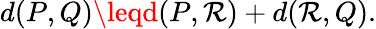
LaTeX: d(P,Q)\leqd(P,\mathcal{R})+d(\mathcal{R},Q).